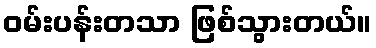
ဝမ်းပန်းတသာ ဖြစ်သွားတယ်။